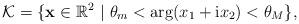
LaTeX: \begin{align*} \mathcal{K}=\{ \mathbf{x} \in \mathbb{R}^{2}~|~\theta_{m}<\arg(x_{1}+\mathrm ix_{2})<\theta_{M} \}, \end{align*}